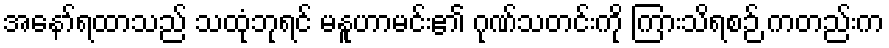
အနော်ရထာသည် သထုံဘုရင် မနူဟာမင်း၏ ဂုဏ်သတင်းကို ကြားသိရစဉ် ကတည်းက